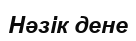
Нәзік дене